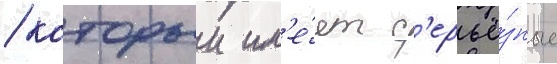
/ которыи им'е́ет с'ерьё́зные